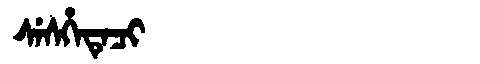
Manchu: ᠰᡝᠰᡥᡝᡨᡝᠴᡳ
Romanization: SESHETECI